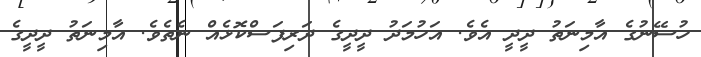
ހުސޭނުގެ އާމިނަތު ދީދީ އެވެ. އަހުމަދު ދީދީގެ ދަރިފަސްކޮޅެއް ނެތެވެ. އާމިނަތު ދީދީގެ